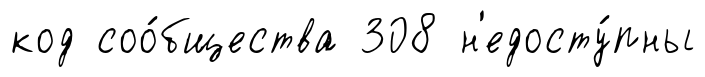
код соо́бщества 308 н'едосту́пны